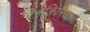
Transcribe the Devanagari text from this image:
रेनडियरच्या